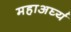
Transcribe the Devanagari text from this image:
महाअर्घ्य